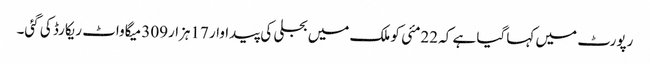
رپورٹ میں کہا گیا ہے کہ 22مئی کو ملک میں بجلی کی پیداوار 17ہزار309 میگاواٹ ریکارڈ کی گئی۔